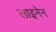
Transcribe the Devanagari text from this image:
लाइनेन